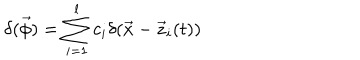
LaTeX: \delta ( \vec { \phi } ) = \sum _ { i = 1 } ^ { l } c _ { i } \delta ( \vec { x } - \vec { z } _ { i } ( t ) )